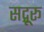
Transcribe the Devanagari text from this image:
सद्गूरू